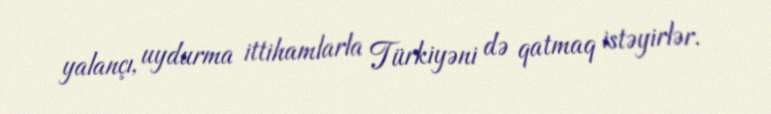
yalançı, uydurma ittihamlarla Türkiyəni də qatmaq istəyirlər.